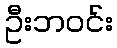
ဦးဘဝင်း